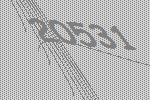
20531